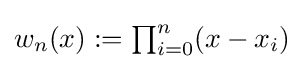
{\textstyle w_{n}(x):=\prod _{i=0}^{n}(x-x_{i})}